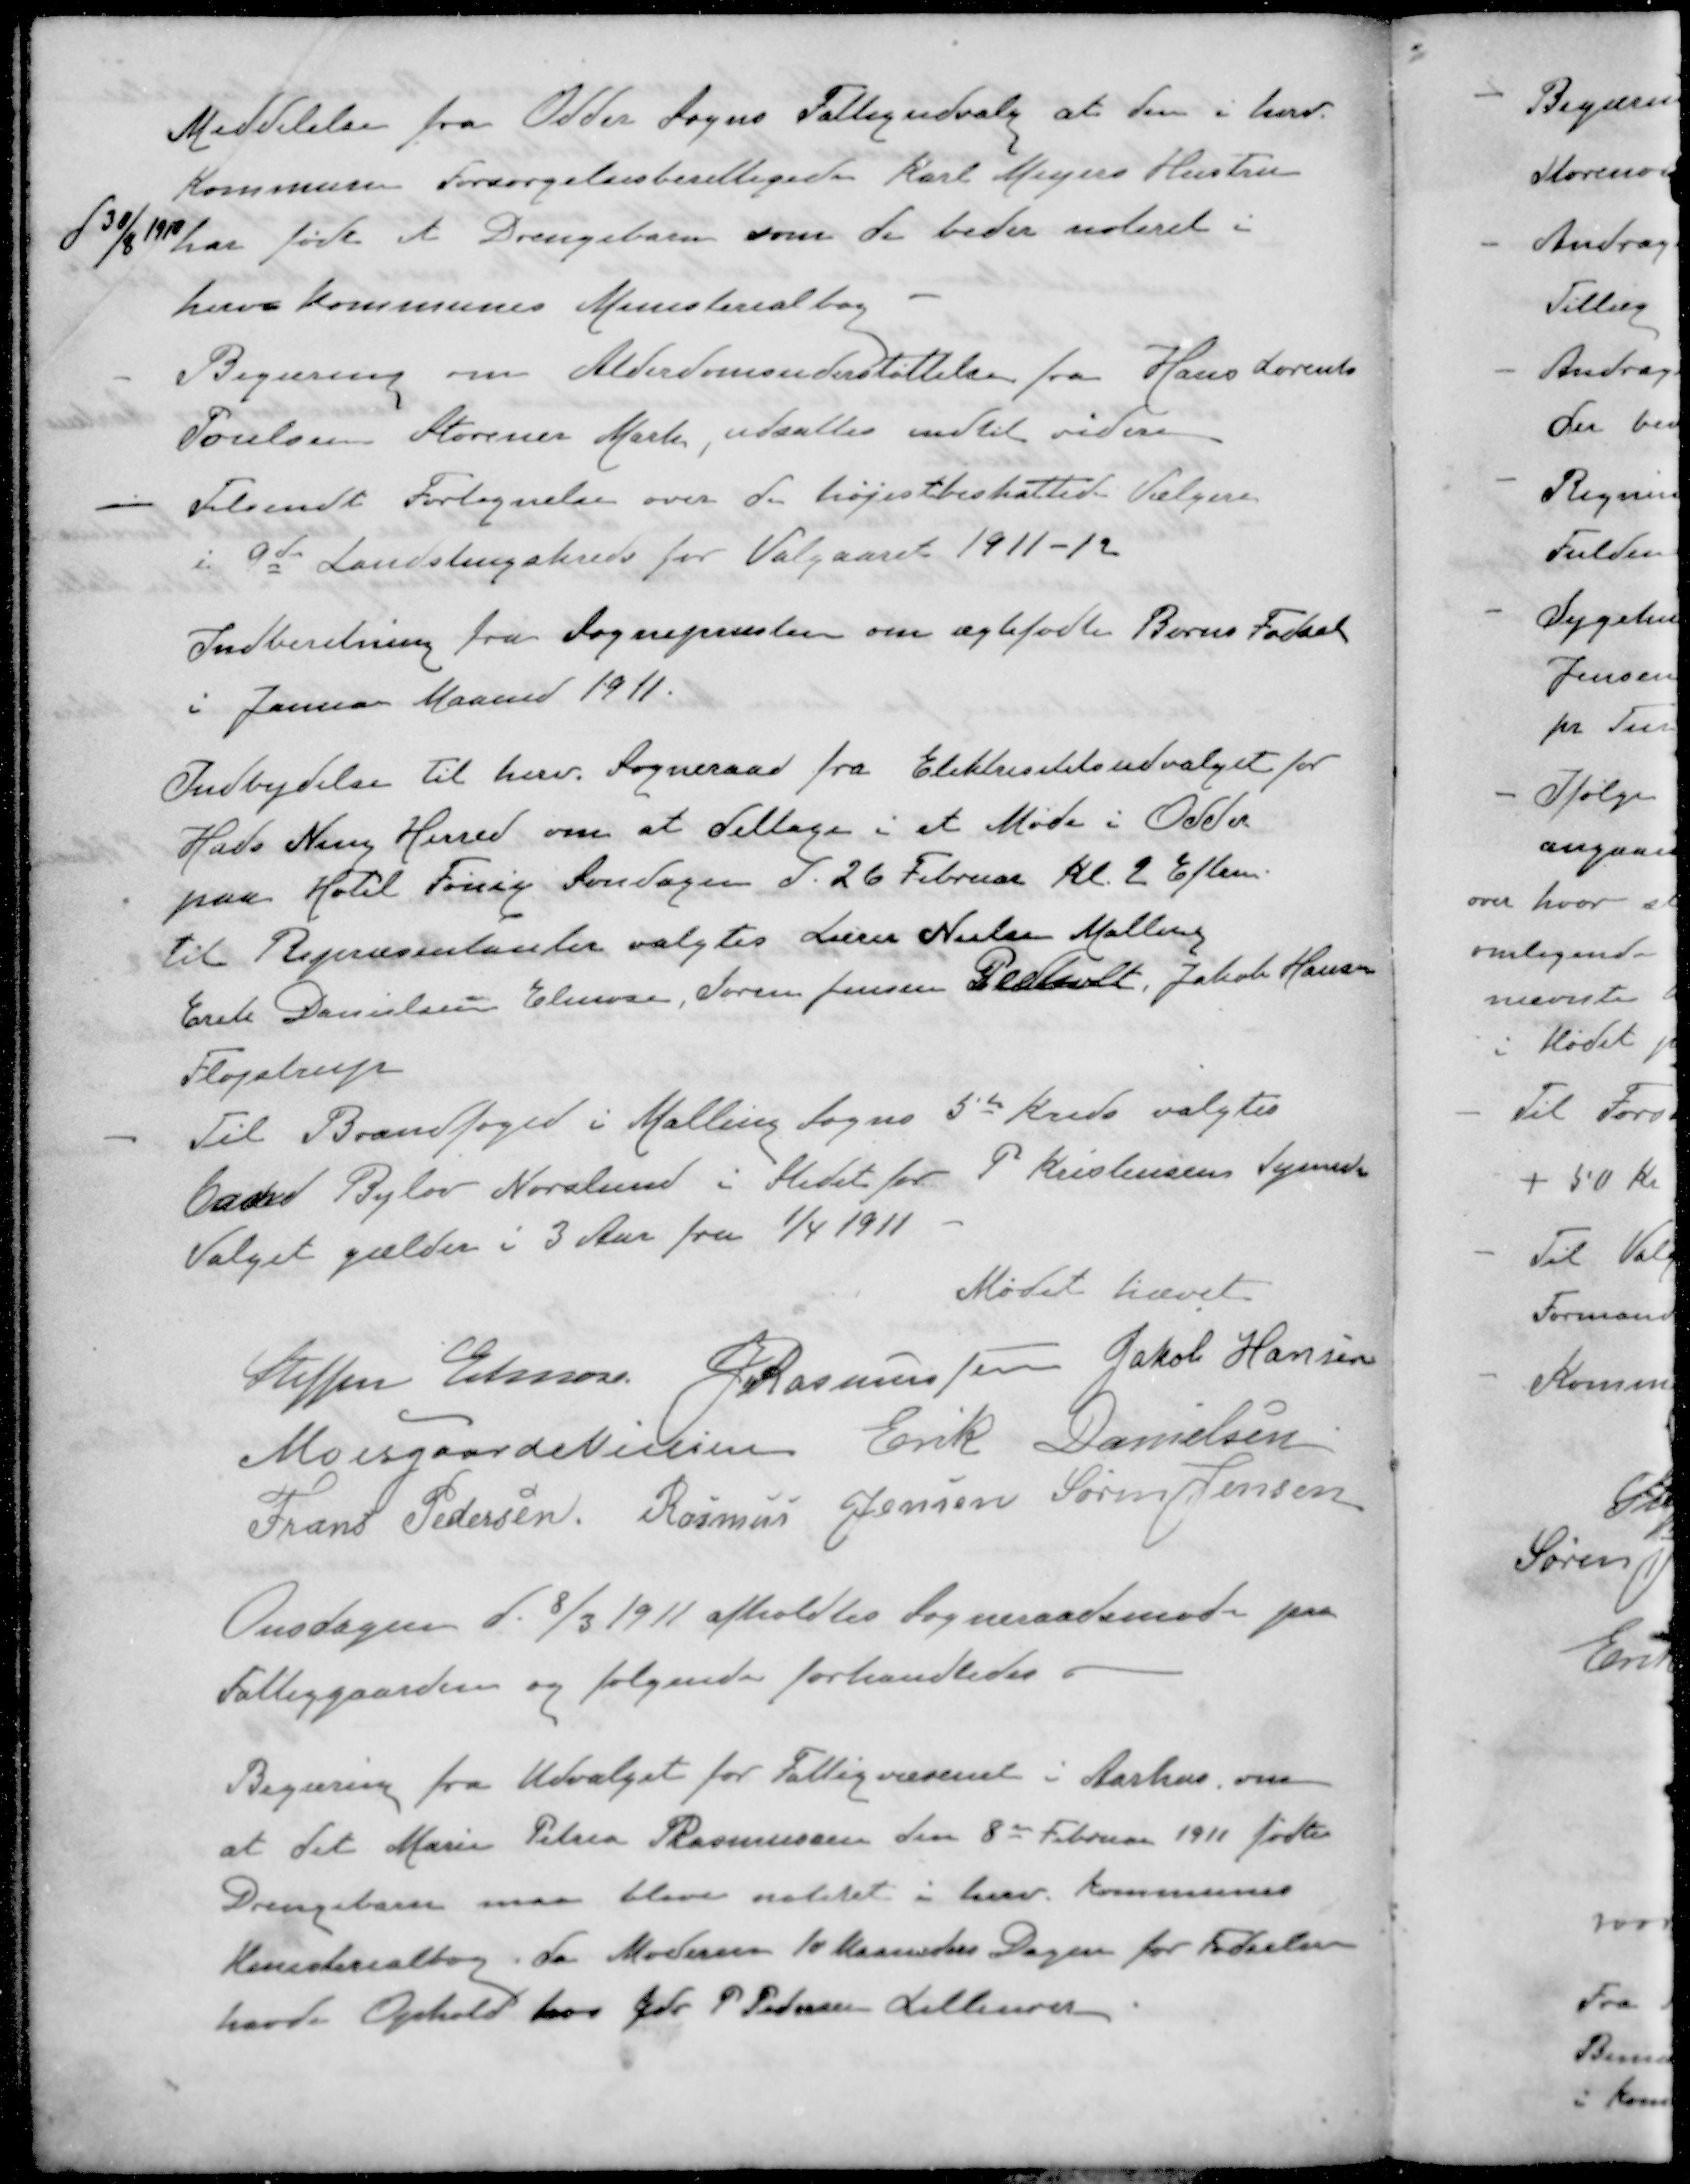
Transskription:
Meddelelse fra Odder Sogns Fattigudvalg at den i herv.
Kommune Forsørgelsesberettigede Karl Meyers Hustru
d 30/8 1910
har født et Drengebarn som de beder noteret i
herv Kommunes Ministerialbog
- Begæring om Alderdomsunderstøttelse fra Hans Lorents
Poulsen Storenor Mark udsattes indtil videre
- Tilsendt Fortegnelse over de højestbeskattede Vælgere
i 9de Landstingskreds for Valgaaret 1911-12
Indberetning fra Sognepræsten om ægtefødte Børns Fødsel
i Januar Maaned 1911.
Indbydelse til herv. Sogneraad fra Elektrisitetsudvalget for
Hads Ning Herred om at deltage i et Møde i Odder
paa Hotel Fønix, Søndagen d. 26 Februar Kl. 2 Eftm. 
Til Repræsentanter valgtes Lærer Nielsen Malling
Erik Danielsen Elmose, Søren Jensen Pedholt Jakob Hansen
Fløjstrup
- Til Brandfoged i Malling Sogns 5de Kreds valgtes
Carl Bylov Norslund i Stedet for P Kristensens Synnedr
Valget gælder i 3 Aar fra 1/4 1911
Mødet hævet
Steffen Elmose
J Rasmussen
Jakob Hansen
Moesgaard Nielsen
Erik Danielsen
Frans Pedersen
Rasmus Jensen
Søren Jensen
Onsdagen d. 8/3 1911 afholdtes Sogneraadsmøde paa
Fattiggaarden og følgende forhandledes.
Begæring fra Udvalget for Fattigvæsenet i Aarhus om
at det Marie Petrea Rasmussen den 8de Februar 1911 fødte
Drengebarn maa blive notetet i herv. Kommunes
Ministerialbog, da Moderen 10 Maaneders Dagen for Fødselen
havde Ophold hos Gdr P Pedersen Lillenor